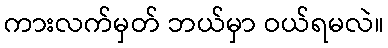
ကားလက်မှတ် ဘယ်မှာ ဝယ်ရမလဲ။